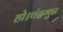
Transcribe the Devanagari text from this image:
हो।चंद्रगुप्त